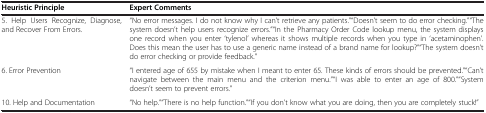
| Heuristic Principle | Expert Comments |
 | --- | --- |
 | 5. Help Users Recognize, Diagnose, and Recover From Errors. | “No error messages. I do not know why I can’t retrieve any patients.”“Doesn’t seem to do error checking.”“The system doesn’t help users recognize errors.”“In the Pharmacy Order Code lookup menu, the system displays one record when you enter ‘tylenol’ whereas it shows multiple records when you type in ‘acetaminophen’. Does this mean the user has to use a generic name instead of a brand name for lookup?”“The system doesn’t do error checking or provide feedback.” |
 | 6. Error Prevention | “I entered age of 655 by mistake when I meant to enter 65. These kinds of errors should be prevented.”“Can’t navigate between the main menu and the criterion menu.”“I was able to enter an age of 800.”“System doesn’t seem to prevent errors.” |
 | 10. Help and Documentation | “No help.”“There is no help function.”“If you don’t know what you are doing, then you are completely stuck!” |